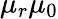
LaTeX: \mu_{r}\mu_{0}